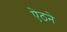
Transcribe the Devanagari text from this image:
ऐठने